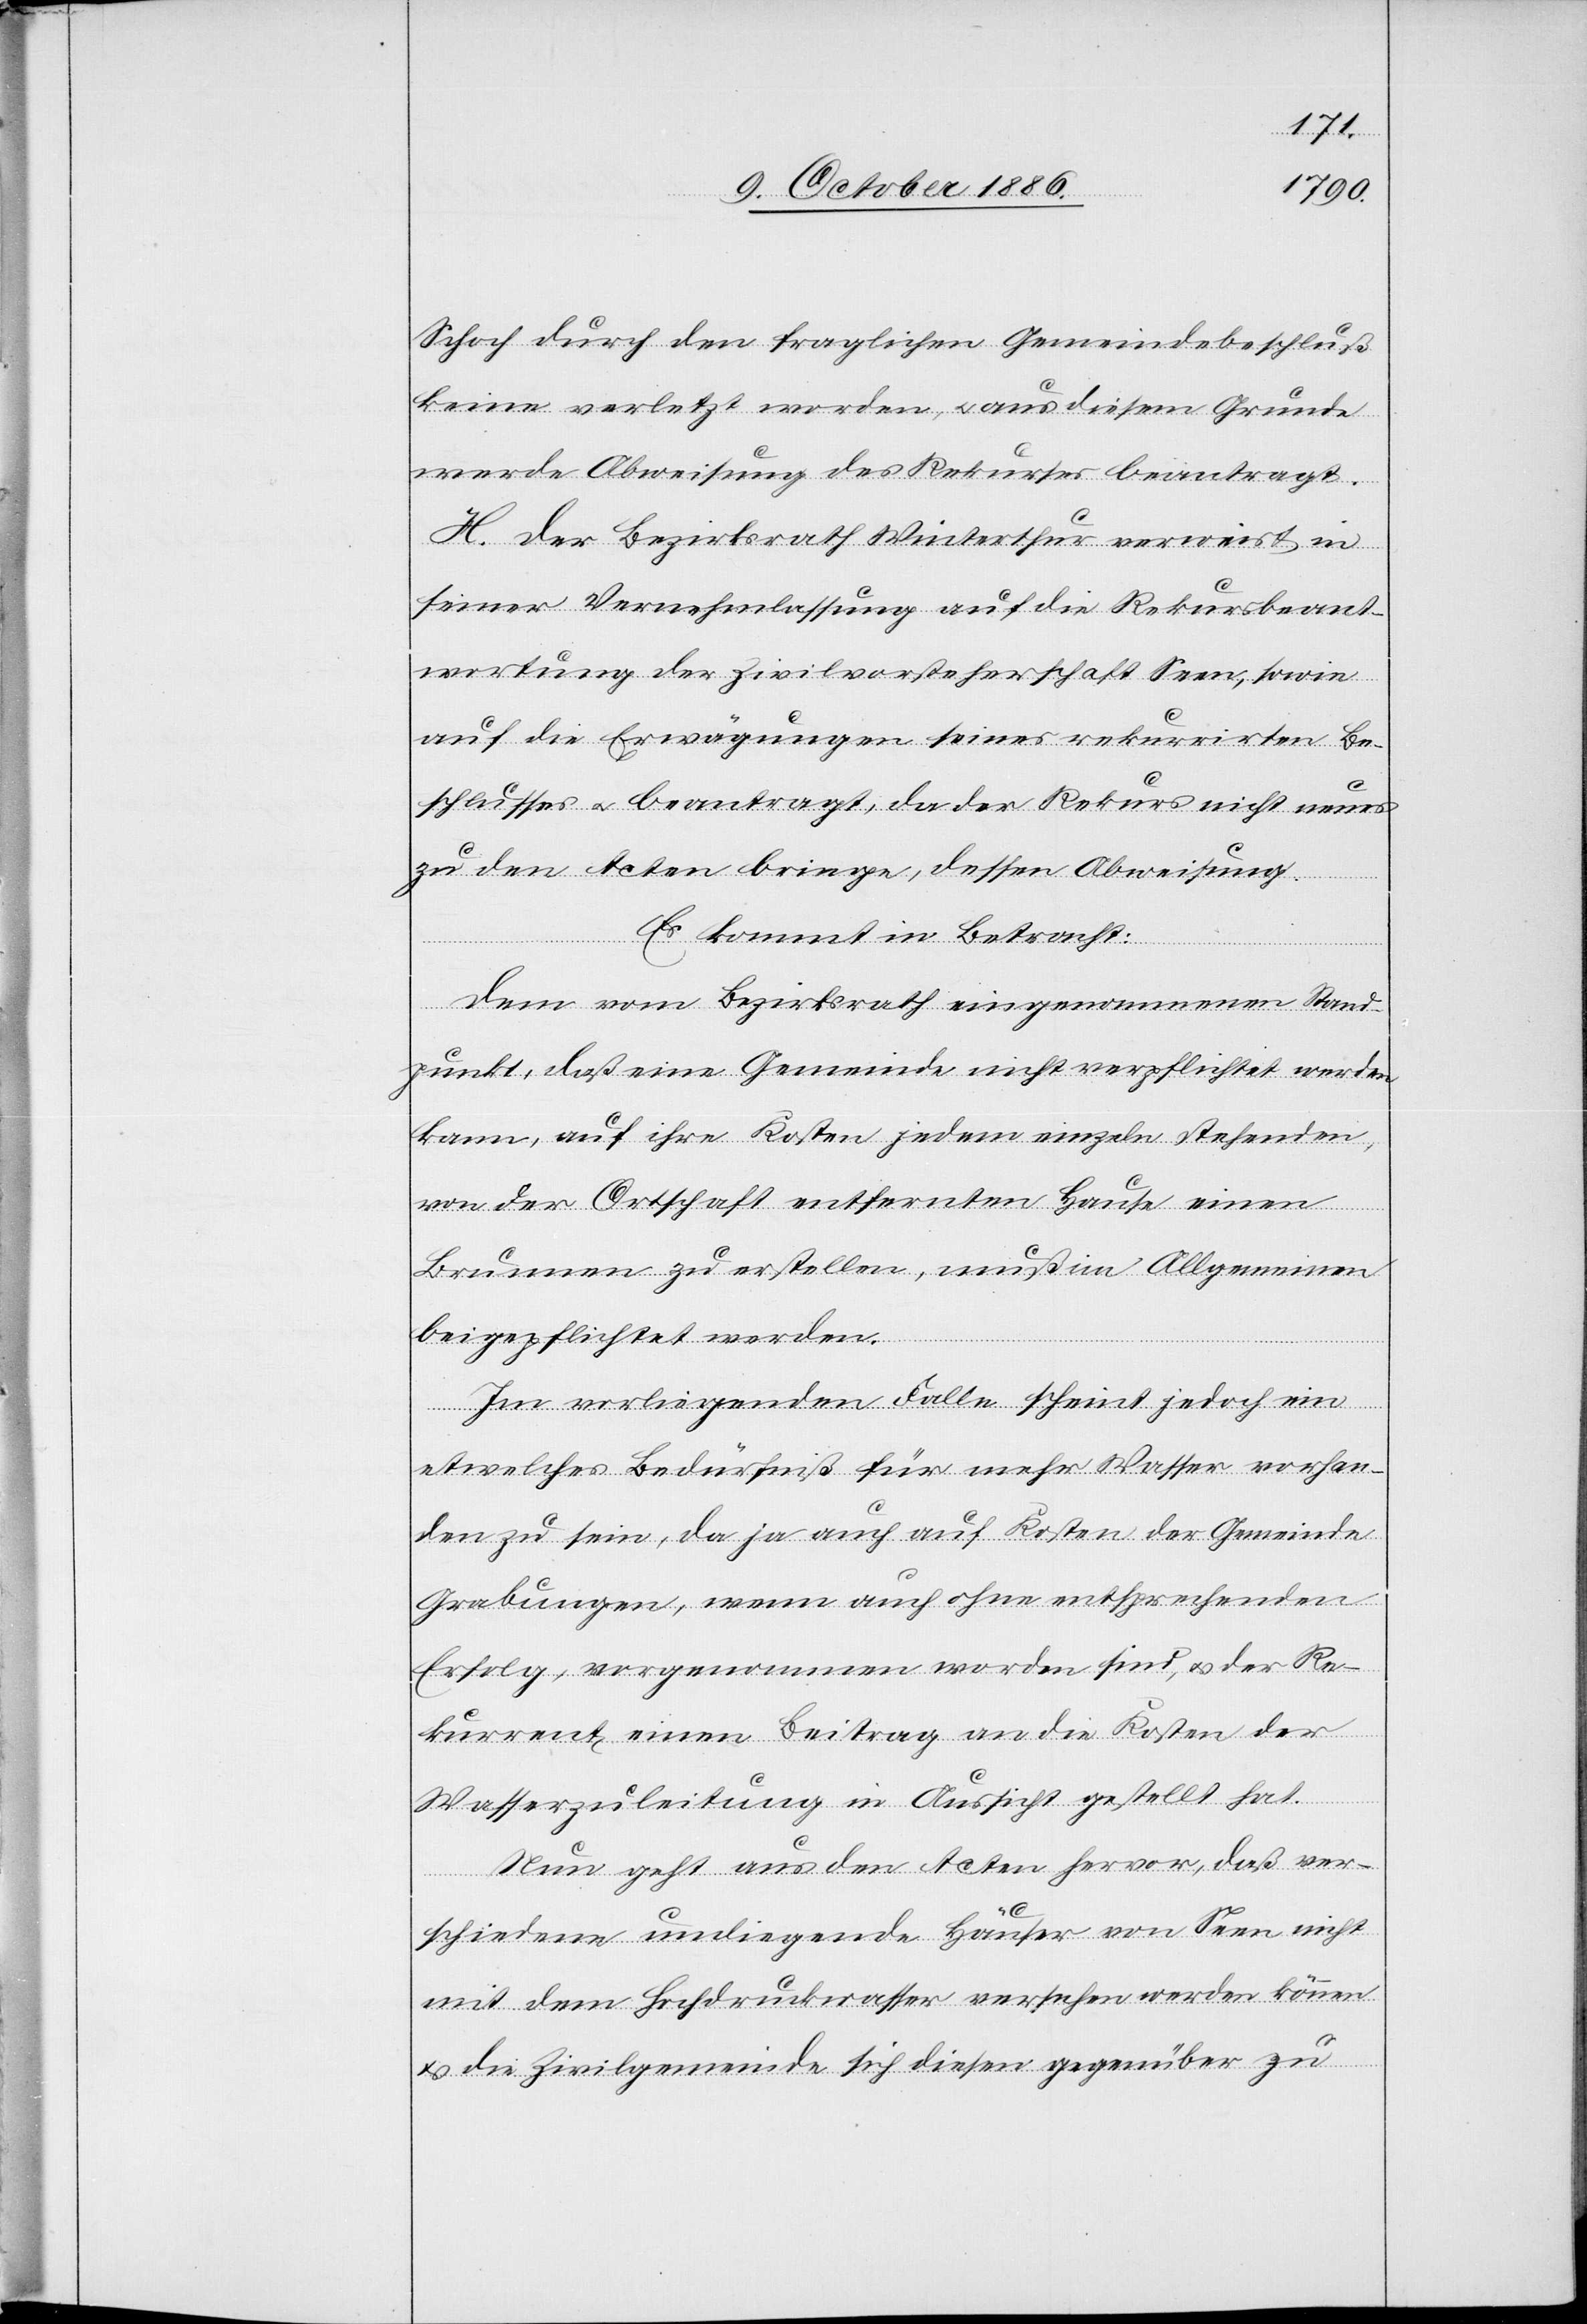
Schoch durch den fraglichen Gemeindebeschluß
keine verletzt worden, & aus diesem Grunde
werde Abweisung des Rekurses beantragt.
H. Der Bezirksrath Winterthur verweist in
seiner Vernehmlassung auf die Rekursbeant¬
wortung der Zivilvorsteherschaft Seen, sowie
auf die Erwägungen seines rekurrirten Be¬
schlusses & beantragt, da der Rekurs nicht[s] neues
zu den Acten bringe, dessen Abweisung.
Es kommt in Betracht:
Dem vom Bezirksrath eingenommenen Stand¬
punkt, daß eine Gemeinde nicht verpflichtet werden
kann, auf ihre Kosten jedem einzeln stehenden,
von der Ortschaft entfernten Hause einen
Brunnen zu erstellen, muß im allgemeinen
beigepflichtet werden.
Im vorliegenden Falle scheint jedoch ein
etwelches Bedürfniß für mehr Wasser vorhan¬
den zu sein, da ja auch auf Kosten der Gemeinde
Grabungen, wenn auch ohne entsprechenden
Erfolg, vorgenommen worden sind, & der Re¬
kurrent einen Beitrag an die Kosten der
Wasserzuleitung in Aussicht gestellt hat.
Nun geht aus den Acten hervor, daß ver¬
schiedene umliegende Häuser von Seen nicht
mit dem Hochdruckwasser versehen werden können
& die Zivilgemeinde sich diesen gegenüber zu